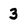
Character: 3